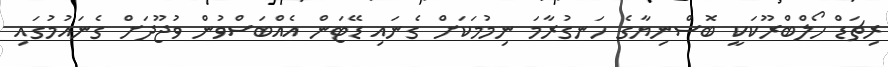
ރިޗަޑް ހޯލްބްރޫކަކީ ބޮސްނިޔާގެ ހަނގުރާމަ ނިމުމަކަށް ގެނައި ޑޭޓަން އެއްބަސްވުން ވުޖޫދަށް ގެނައުމުގައި